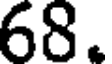
68.